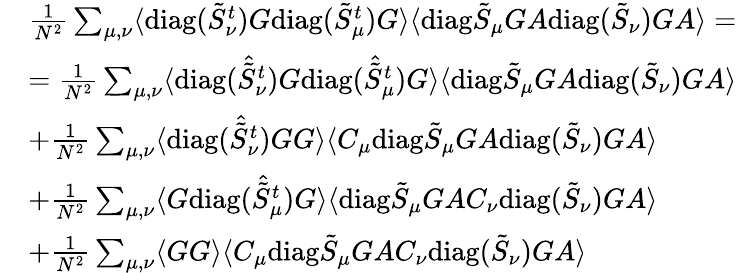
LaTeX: \begin{array}{rl}&{\frac{1}{N^{2}}\sum_{\mu,\nu}\langle\mathrm{diag}(\tilde{S}_{\nu}^{t})G\mathrm{diag}(\tilde{S}_{\mu}^{t})G\rangle\langle\mathrm{diag}\tilde{S}_{\mu}GA\mathrm{diag}(\tilde{S}_{\nu})GA\rangle=}\\ &{=\frac{1}{N^{2}}\sum_{\mu,\nu}\langle\mathrm{diag}(\hat{\tilde{S}}_{\nu}^{t})G\mathrm{diag}(\hat{\tilde{S}}_{\mu}^{t})G\rangle\langle\mathrm{diag}\tilde{S}_{\mu}GA\mathrm{diag}(\tilde{S}_{\nu})GA\rangle}\\ &{+\frac{1}{N^{2}}\sum_{\mu,\nu}\langle\mathrm{diag}(\hat{\tilde{S}}_{\nu}^{t})GG\rangle\langle C_{\mu}\mathrm{diag}\tilde{S}_{\mu}GA\mathrm{diag}(\tilde{S}_{\nu})GA\rangle}\\ &{+\frac{1}{N^{2}}\sum_{\mu,\nu}\langle G\mathrm{diag}(\hat{\tilde{S}}_{\mu}^{t})G\rangle\langle\mathrm{diag}\tilde{S}_{\mu}GAC_{\nu}\mathrm{diag}(\tilde{S}_{\nu})GA\rangle}\\ &{+\frac{1}{N^{2}}\sum_{\mu,\nu}\langle GG\rangle\langle C_{\mu}\mathrm{diag}\tilde{S}_{\mu}GAC_{\nu}\mathrm{diag}(\tilde{S}_{\nu})GA\rangle}\end{array}